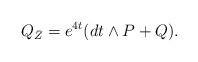
\begin{align*}Q_{\bar{Z}}=e^{4t}(dt\wedge P+Q).\end{align*}